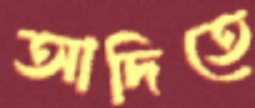
আদিতে